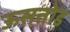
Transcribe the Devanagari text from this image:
ऊसतोड़